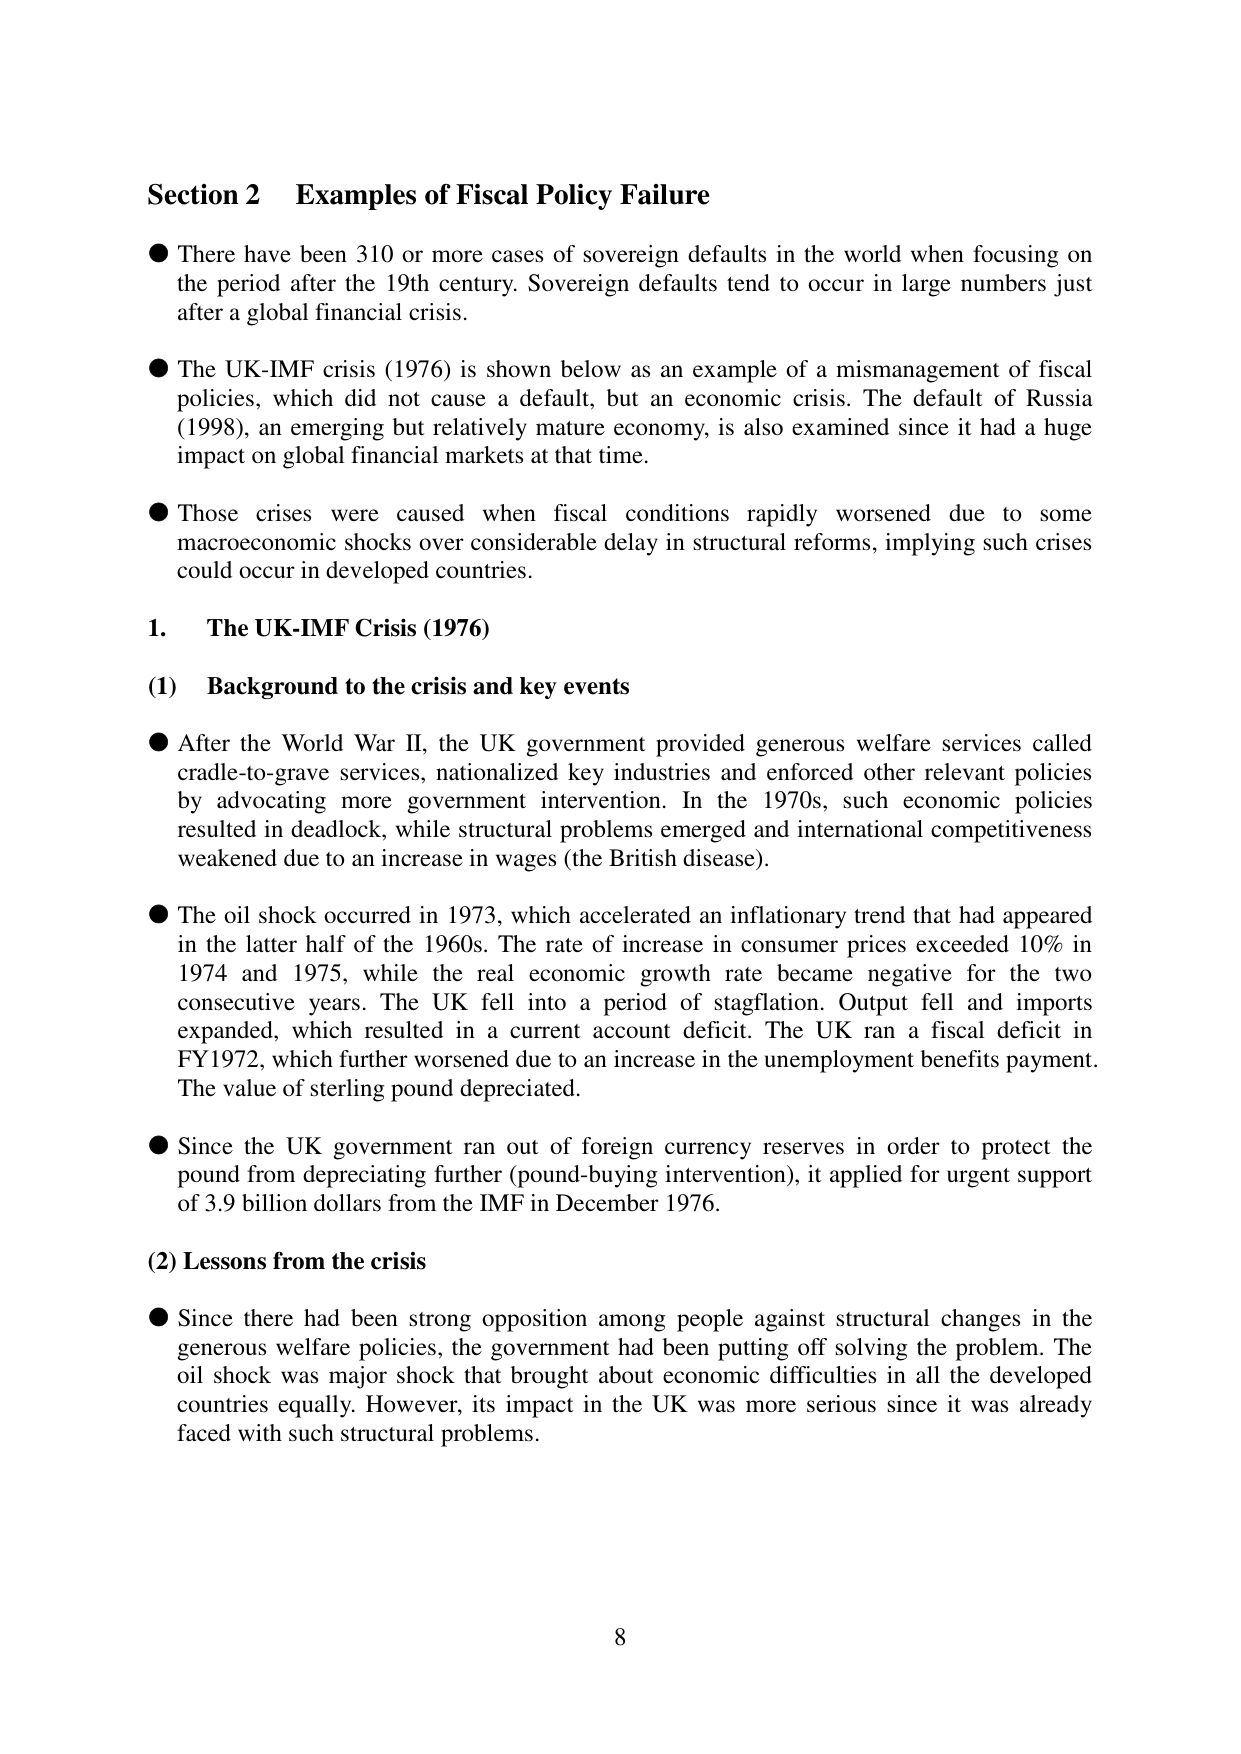
Section 2 Examples of Fiscal Policy Failure

● There have been 310 or more cases of sovereign defaults in the world when focusing on the period after the 19th century. Sovereign defaults tend to occur in large numbers just after a global financial crisis.

● The UK-IMF crisis (1976) is shown below as an example of a mismanagement of fiscal policies, which did not cause a default, but an economic crisis. The default of Russia (1998), an emerging but relatively mature economy, is also examined since it had a huge impact on global financial markets at that time.

● Those crises were caused when fiscal conditions rapidly worsened due to some macroeconomic shocks over considerable delay in structural reforms, implying such crises could occur in developed countries.

1. The UK-IMF Crisis (1976)

(1) Background to the crisis and key events

● After the World War II, the UK government provided generous welfare services called cradle-to-grave services, nationalized key industries and enforced other relevant policies by advocating more government intervention. In the 1970s, such economic policies resulted in deadlock, while structural problems emerged and international competitiveness weakened due to an increase in wages (the British disease).

● The oil shock occurred in 1973, which accelerated an inflationary trend that had appeared in the latter half of the 1960s. The rate of increase in consumer prices exceeded 10% in 1974 and 1975, while the real economic growth rate became negative for the two consecutive years. The UK fell into a period of stagflation. Output fell and imports expanded, which resulted in a current account deficit. The UK ran a fiscal deficit in FY1972, which further worsened due to an increase in the unemployment benefits payment. The value of sterling pound depreciated.

● Since the UK government ran out of foreign currency reserves in order to protect the pound from depreciating further (pound-buying intervention), it applied for urgent support of 3.9 billion dollars from the IMF in December 1976.

(2) Lessons from the crisis

● Since there had been strong opposition among people against structural changes in the generous welfare policies, the government had been putting off solving the problem. The oil shock was major shock that brought about economic difficulties in all the developed countries equally. However, its impact in the UK was more serious since it was already faced with such structural problems.

8